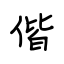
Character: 偕